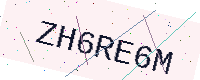
Text: ZH6RE6M